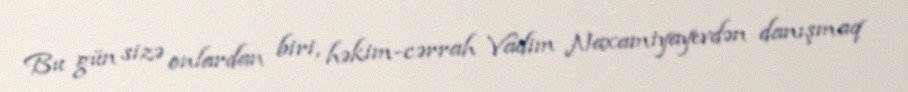
Bu gün sizə onlardan biri, həkim-cərrah Vadim Naxamiyayevdən danışmaq